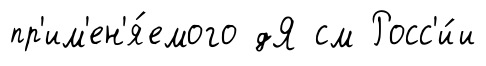
пр'им'ен'я́емого дЯ см Росс'и́и